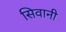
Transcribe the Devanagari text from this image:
सिवानी